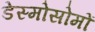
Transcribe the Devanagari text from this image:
डेस्मोसोमों